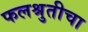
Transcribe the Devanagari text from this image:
फलश्रुतीचा